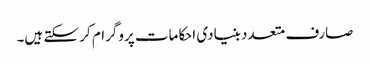
صارف متعدد بنیادی احکامات پروگرام کر سکتے ہیں۔